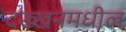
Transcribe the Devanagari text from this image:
दख्खनमधील